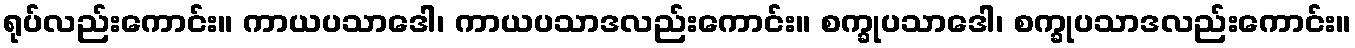
ရုပ်လည်းကောင်း။ ကာယပသာဒေါ၊ ကာယပသာဒလည်းကောင်း။ စက္ခုပသာဒေါ၊ စက္ခုပသာဒလည်းကောင်း။